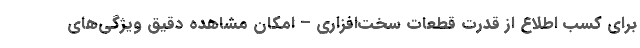
برای کسب اطلاع از قدرت قطعات سخت‌افزاری – امکان مشاهده دقیق ویژگی‌های